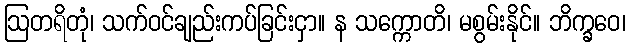
ဩတရိတုံ၊ သက်ဝင်ချည်းကပ်ခြင်းငှာ။ န သက္ကောတိ၊ မစွမ်းနိုင်။ ဘိက္ခဝေ၊